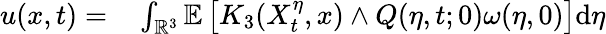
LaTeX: \begin{array}{rl}{u(x,t)=}&{{}\int_{\mathbb{R}^{3}}\mathbb{E}\left[K_{3}(X_{t}^{\eta},x)\wedge Q(\eta,t;0)\omega(\eta,0)\right]\mathrm{d}\eta}\end{array}